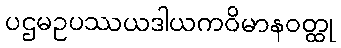
ပဌမဥပဿယဒါယကဝိမာနဝတ္ထု